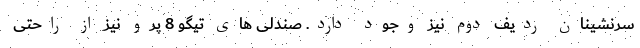
سرنشینان ردیف دوم نیز وجود دارد. صندلی های تیگو 8 پرو نیز از راحتی